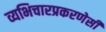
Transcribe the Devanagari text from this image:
व्यभिचारप्रकरणेसी